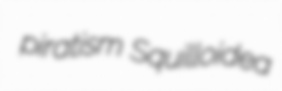
piratism Squilloidea